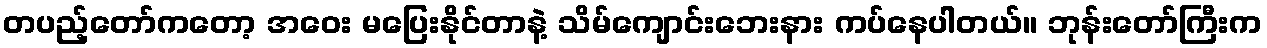
တပည့်တော်ကတော့ အဝေး မပြေးနိုင်တာနဲ့ သိမ်ကျောင်းဘေးနား ကပ်နေပါတယ်။ ဘုန်းတော်ကြီးက